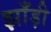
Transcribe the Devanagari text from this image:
झाँड़ी